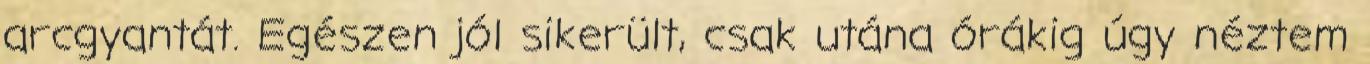
arcgyantát. Egészen jól sikerült, csak utána órákig úgy néztem